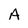
Character: A